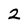
Character: 2